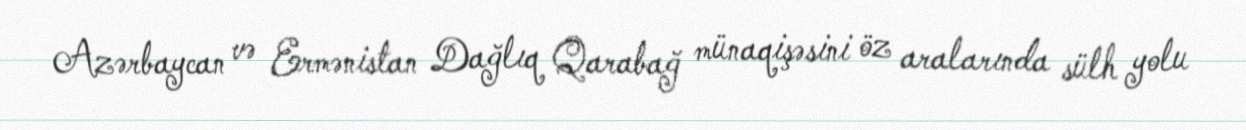
Azərbaycan və Ermənistan Dağlıq Qarabağ münaqişəsini öz aralarında sülh yolu